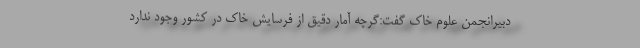
دبیرانجمن علوم خاک گفت:گرچه آمار دقیق از فرسایش خاک در کشور وجود ندارد